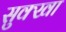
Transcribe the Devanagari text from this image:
सुक्खा